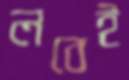
লবেই